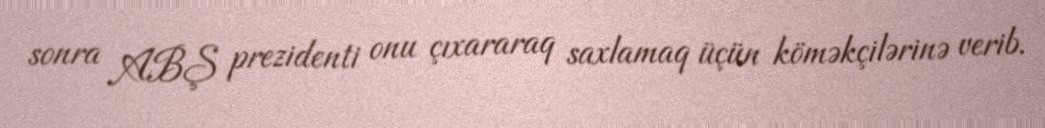
sonra ABŞ prezidenti onu çıxararaq saxlamaq üçün köməkçilərinə verib.